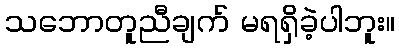
သဘောတူညီချက် မရရှိခဲ့ပါဘူး။